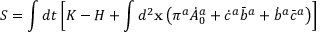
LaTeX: S = \int d t \left[ K - H + \int d ^ { 2 } { \bf x } \left( \pi ^ { a } \dot { A } _ { 0 } ^ { a } + \dot { c } ^ { a } { \bar { b } } ^ { a } + \dot { b } ^ { a } \bar { c } ^ { a } \right) \right]